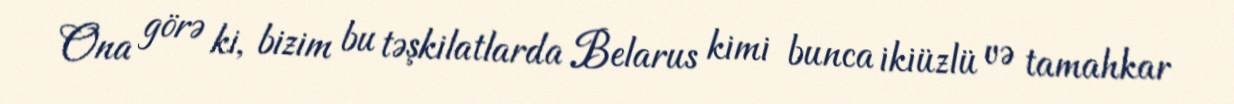
Ona görə ki, bizim bu təşkilatlarda Belarus kimi bunca ikiüzlü və tamahkar